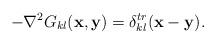
LaTeX: \begin{align*}-\nabla^2 G_{kl}({\bf x},{\bf y})=\delta^{tr}_{kl}({\bf x}-{\bf y}).\end{align*}